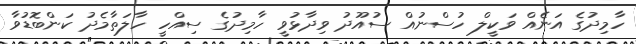
ހާމިދުގެ އަނެއް ވަކީލް ހުސްނުއް ސުއޫދު ވިދާޅުވީ ހާމިދުގެ ސިއްހީ ހާލަތާމެދު ކަންބޮޑުވާ